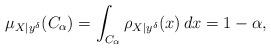
LaTeX: \begin{align*} \mu_{X|y^\delta}(C_\alpha) = \int_{C_\alpha}\rho_{X|y^\delta}(x)\,dx = 1-\alpha,\end{align*}